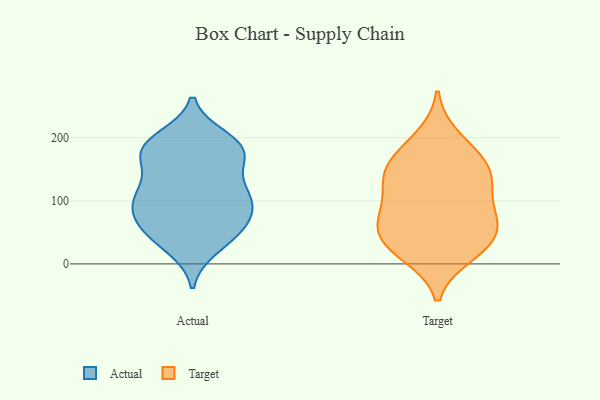
{"axis": {"x": "Satisfaction Score", "y": "Value"}, "legend": ["Actual", "Target"], "data": [{"x": "", "y": 132, "type": "Actual"}, {"x": "", "y": 110, "type": "Actual"}, {"x": "", "y": 183, "type": "Actual"}, {"x": "", "y": 79, "type": "Actual"}, {"x": "", "y": 187, "type": "Actual"}, {"x": "", "y": 104, "type": "Actual"}, {"x": "", "y": 50, "type": "Actual"}, {"x": "", "y": 60, "type": "Actual"}, {"x": "", "y": 176, "type": "Actual"}, {"x": "", "y": 55, "type": "Actual"}, {"x": "", "y": 102, "type": "Actual"}, {"x": "", "y": 84, "type": "Actual"}, {"x": "", "y": 121, "type": "Actual"}, {"x": "", "y": 95, "type": "Actual"}, {"x": "", "y": 198, "type": "Actual"}, {"x": "", "y": 27, "type": "Actual"}, {"x": "", "y": 173, "type": "Actual"}, {"x": "", "y": 38, "type": "Actual"}, {"x": "", "y": 179, "type": "Actual"}, {"x": "", "y": 179, "type": "Actual"}, {"x": "", "y": 20, "type": "Target"}, {"x": "", "y": 120, "type": "Target"}, {"x": "", "y": 174, "type": "Target"}, {"x": "", "y": 15, "type": "Target"}, {"x": "", "y": 152, "type": "Target"}, {"x": "", "y": 61, "type": "Target"}, {"x": "", "y": 62, "type": "Target"}, {"x": "", "y": 82, "type": "Target"}, {"x": "", "y": 125, "type": "Target"}, {"x": "", "y": 139, "type": "Target"}, {"x": "", "y": 156, "type": "Target"}, {"x": "", "y": 78, "type": "Target"}, {"x": "", "y": 38, "type": "Target"}, {"x": "", "y": 200, "type": "Target"}, {"x": "", "y": 38, "type": "Target"}]}